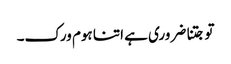
تو جتنا ضروری ہے اتنا ہوم ورک۔